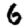
Digit: 6